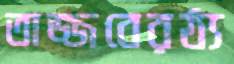
তাজ্জবেরঠ্য